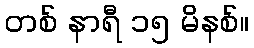
တစ် နာရီ ၁၅ မိနစ်။